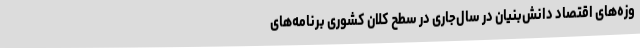
وزه‌های اقتصاد دانش‌بنیان در سال‌جاری در سطح کلان کشوری برنامه‌های